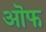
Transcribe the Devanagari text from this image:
ऒफ